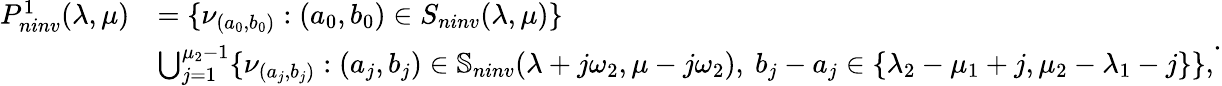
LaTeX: \begin{array}{ll}{P_{ninv}^{1}(\lambda,\mu)}&{=\{ \nu_{(a_{0},b_{0})}:(a_{0},b_{0})\in S_{ninv}(\lambda,\mu)\} }\\ &{\bigcup_{j=1}^{\mu_{2}-1}\{ \nu_{(a_{j},b_{j})}:(a_{j},b_{j})\in\mathbb S_{ninv}(\lambda+j\omega_{2},\mu-j\omega_{2}),\ b_{j}-a_{j}\in\{ \lambda_{2}-\mu_{1}+j,\mu_{2}-\lambda_{1}-j\} \} ,}\end{array}.